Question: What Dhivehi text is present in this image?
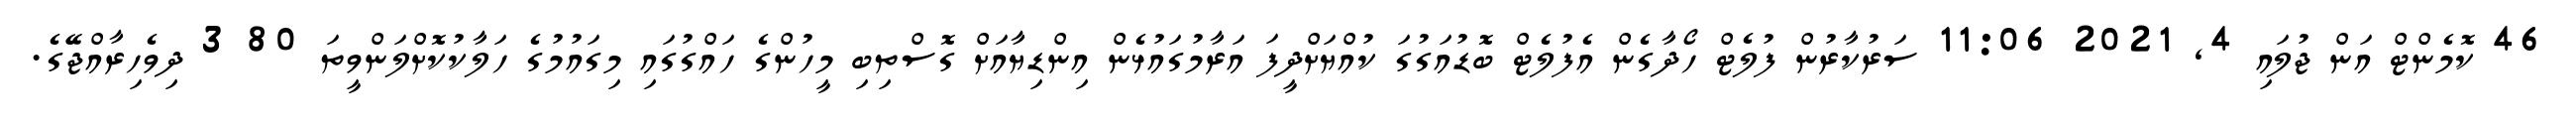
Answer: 46 ކޮމެންޓް އަން ޖުލައި 4, 2021 11:06 ސަރުކާރުން ފުލެޓް ހޯދާގެން އެފުލެޓް ބޮޑުއަގުގަ ކުއްޔަށްދީފަ އަރާމުގައުޅެން އިންޑިޔާއަށް ގޮސްތިބި މީހުންގެ ހައްގުގައި މިގައުމުގެ ހަލާކުކޮށްލަންވީތަ 80 3 ދިވެހިރާއްޖޭގެ.